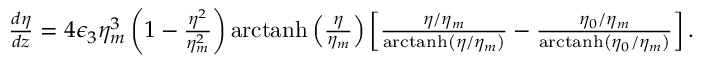
\begin{array} { r l r } & { } & { \! \! \! \! \! \! \! \! \frac { d \eta } { d z } = 4 \epsilon _ { 3 } \eta _ { m } ^ { 3 } \left( 1 - \frac { \eta ^ { 2 } } { \eta _ { m } ^ { 2 } } \right) \mathrm { a r c t a n h } \left( \frac { \eta } { \eta _ { m } } \right) \left[ \frac { \eta / \eta _ { m } } { \mathrm { a r c t a n h } \left( \eta / \eta _ { m } \right) } - \frac { \eta _ { 0 } / \eta _ { m } } { \mathrm { a r c t a n h } \left( \eta _ { 0 } / \eta _ { m } \right) } \right] . } \end{array}